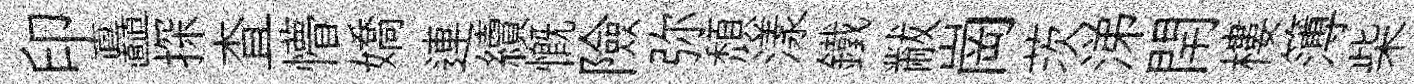
印矗探查懵嬌連續慨險弥頹漾鐵黻崗茨涕閈樓簿柴